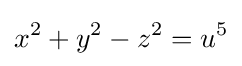
x^{2}+y^{2}-z^{2}=u^{5}